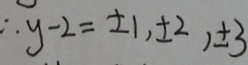
\therefore y - 2 = \pm 1 , \pm 2 , \pm 3